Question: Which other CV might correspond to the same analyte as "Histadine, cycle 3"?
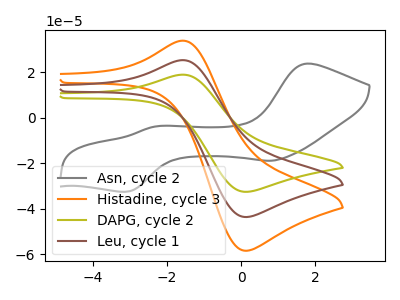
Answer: <think>The gray curve "Asn, cycle 2" has anodic peaks at (1.75V, 23.70uA) (-2.35V, -4.00uA) and cathodic peaks at (0.80V, -19.00uA) (-3.10V, -32.65uA). The orange curve "Histadine, cycle 3" has an anodic peak at (-1.55V, 50.45uA) and a cathodic peak at (0.10V, -87.45uA). The olive curve "DAPG, cycle 2" has an anodic peak at (-1.55V, 18.85uA) and a cathodic peak at (0.10V, -32.65uA). The brown curve "Leu, cycle 1" has an anodic peak at (-1.55V, 25.25uA) and a cathodic peak at (0.10V, -43.75uA).
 "Asn, cycle 2" and "Histadine, cycle 3" have a different number of peaks. "Asn, cycle 2" and "DAPG, cycle 2" have a different number of peaks. "Asn, cycle 2" and "Leu, cycle 1" have a different number of peaks. All the peaks in "Histadine, cycle 3" have a peak in "DAPG, cycle 2" at the same potential. Every peak in "Histadine, cycle 3" is higher than every peak in "DAPG, cycle 2". All the peaks in "Histadine, cycle 3" have a peak in "Leu, cycle 1" at the same potential. Every peak in "Histadine, cycle 3" is higher than every peak in "Leu, cycle 1". All the peaks in "DAPG, cycle 2" have a peak in "Leu, cycle 1" at the same potential. Every peak in "DAPG, cycle 2" is lower than every peak in "Leu, cycle 1".</think>
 <answer>"Histadine, cycle 3" and "Leu, cycle 1" have a similar shape to "DAPG, cycle 2".</answer>
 <eval>"Histadine, cycle 3" "Leu, cycle 1"</eval>